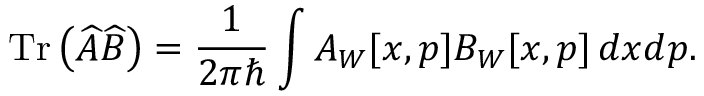
\mathrm { T r } \left( \widehat { A } \widehat { B } \right) = \frac { 1 } { 2 \pi \hbar } \int A _ { W } [ x , p ] B _ { W } [ x , p ] \, d x d p .